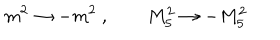
m ^ { 2 } \rightarrow - m ^ { 2 } ~ , \qquad M _ { 5 } ^ { 2 } \rightarrow - M _ { 5 } ^ { 2 }